Annual administration report of the Civil Veterinary Department of India - 1892-1893
Year: 1892
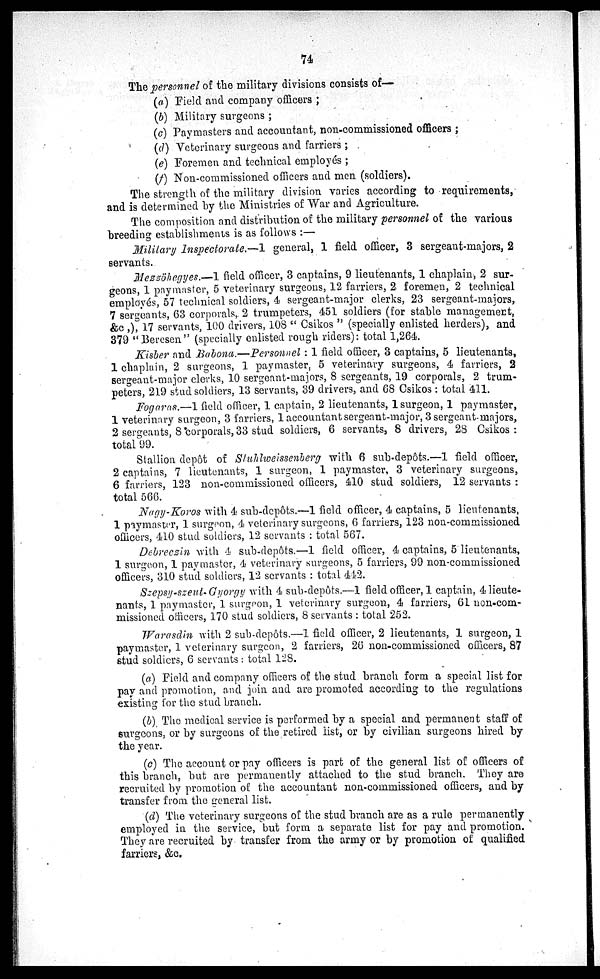
74
The personnel of the military divisions consists of—
(a) Field and company officers;
(b) Military surgeons;
(c) Paymasters and accountant, non-commissioned officers;
(d) Veterinary surgeons and farriers;
(e) Foremen and technical employés;
(f) Non-commissioned officers and men (soldiers).
The strength of the military division varies according to requirements,
and is determined by the Ministries of War and Agriculture.
The composition and distribution of the military personnel of the various
breeding establishments is as follows:—
Military Inspectorate.—1 general, 1 field officer, 3 sergeant-majors, 2
servants.
Mezzöhegyes.—1 field officer, 3 captains, 9 lieutenants, 1 chaplain, 2 sur-
geons, 1 paymaster, 5 veterinary surgeons, 12 farriers, 2 foremen, 2 technical
employés, 57 technical soldiers, 4 sergeant-major clerks, 23 sergeant-majors,
7 sergeants, 63 corporals, 2 trumpeters, 451 soldiers (for stable management,
&c ,), 17 servants, 100 drivers, 108 "Csikos" (specially enlisted herders), and
379 "Beresen" (specially enlisted rough riders): total 1,264.
Kisber and Babona.—Personnel: 1 field officer, 3 captains, 5 lieutenants,
1 chaplain, 2 surgeons, 1 paymaster, 5 veterinary surgeons, 4 farriers, 2
sergeant-major clerks, 10 sergeant-majors, 8 sergeants, 19 corporals, 2 trum-
peters, 219 stud soldiers, 13 servants, 39 drivers, and 68 Csikos: total 411.
Fogaras.—1 field officer, 1 captain, 2 lieutenants, 1 surgeon, 1 paymaster,
1 veterinary surgeon, 3 farriers, 1 accountant sergeant-major, 3 sergeant-majors,
2 sergeants, 8 corporals, 33 stud soldiers, 6 servants, 8 drivers, 28 Csikos:
total 99.
Stallion depôt of Stuhliveissenberg with 6 sub-depôts.—1 field officer,
2 captains, 7 lieutenants, 1 surgeon, 1 paymaster, 3 veterinary surgeons,
6 farriers, 123 non-commissioned officers, 410 stud soldiers, 12 servants:
total 566.
Nagy-Koros with 4 sub-depôts.—1 field officer, 4 captains, 5 lientenants,
1 paymaster, 1 surgeon, 4 veterinary surgeons, 6 farriers, 123 non-commissioned
officers, 410 stud soldiers, 12 servants: total 567.
Debreczin with 4 sub-depôts.—1 field officer, 4 captains, 5 lieutenants,
1 surgeon, 1 paymaster, 4 veterinary surgeons, 5 farriers, 99 non-commissioned
officers, 310 stud soldiers, 12 servants: total 442.
Szepsy-szeut-Gyorgy with 4 sub-depôts.—1 field officer, 1 captain, 4 lieute-
nants, 1 paymaster, 1 surgeon, 1 veterinary surgeon, 4 farriers, 61 non-com-
missioned officers, 170 stud soldiers, 8 servants : total 252.
Warasdin with 2 sub-depôts.—1 field officer, 2 lieutenants, 1 surgeon, 1
paymaster, 1 veterinary surgeon, 2 farriers, 26 non-commissioned officers, 87
stud soldiers, 6 servants: total 128.
(a) Field and company officers of the stud branch form a special list for
pay and promotion, and join and are promoted according to the regulations
existing for the stud branch.
(b) The medical service is performed by a special and permanent staff of
surgeons, or by surgeons of the retired list, or by civilian surgeons hired by
the year.
(c) The account or pay officers is part of the general list of officers of
this branch, but are permanently attached to the stud branch. They are
recruited by promotion of the accountant non-commissioned officers, and by
transfer from the general list.
(d) The veterinary surgeons of the stud branch are as a rule permanently
employed in the service, but form a separate list for pay and promotion.
They are recruited by transfer from the army or by promotion of qualified
farriers, &c.